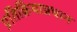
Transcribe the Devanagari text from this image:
प्रतिक्रियाप्रधान